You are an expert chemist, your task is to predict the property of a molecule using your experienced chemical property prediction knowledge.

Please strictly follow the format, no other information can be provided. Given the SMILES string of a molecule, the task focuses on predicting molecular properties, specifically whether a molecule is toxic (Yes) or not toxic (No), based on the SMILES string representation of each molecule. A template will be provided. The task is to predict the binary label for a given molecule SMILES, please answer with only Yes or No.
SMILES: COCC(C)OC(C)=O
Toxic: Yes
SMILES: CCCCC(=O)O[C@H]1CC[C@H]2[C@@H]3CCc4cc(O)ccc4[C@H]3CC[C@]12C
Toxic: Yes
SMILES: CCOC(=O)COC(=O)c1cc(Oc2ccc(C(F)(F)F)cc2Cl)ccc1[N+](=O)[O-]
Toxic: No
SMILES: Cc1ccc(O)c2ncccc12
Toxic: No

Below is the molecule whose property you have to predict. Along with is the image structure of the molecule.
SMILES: CCCCCCCCCCCCCC(=O)O
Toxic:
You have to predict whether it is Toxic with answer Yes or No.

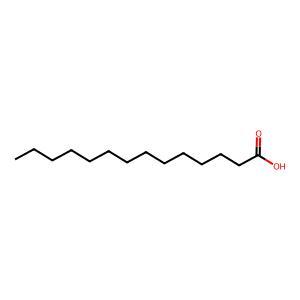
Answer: No